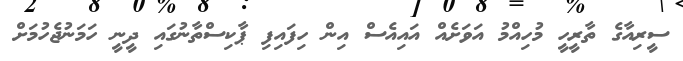
ސީރިއާގެ ތާރީހީ މުހިއްމު އަވަށެއް އައިއެސް އިން ހިފައިފި ޕާކިސްތާނުގައި ދީނީ ހަމަނުޖެހުމަށް